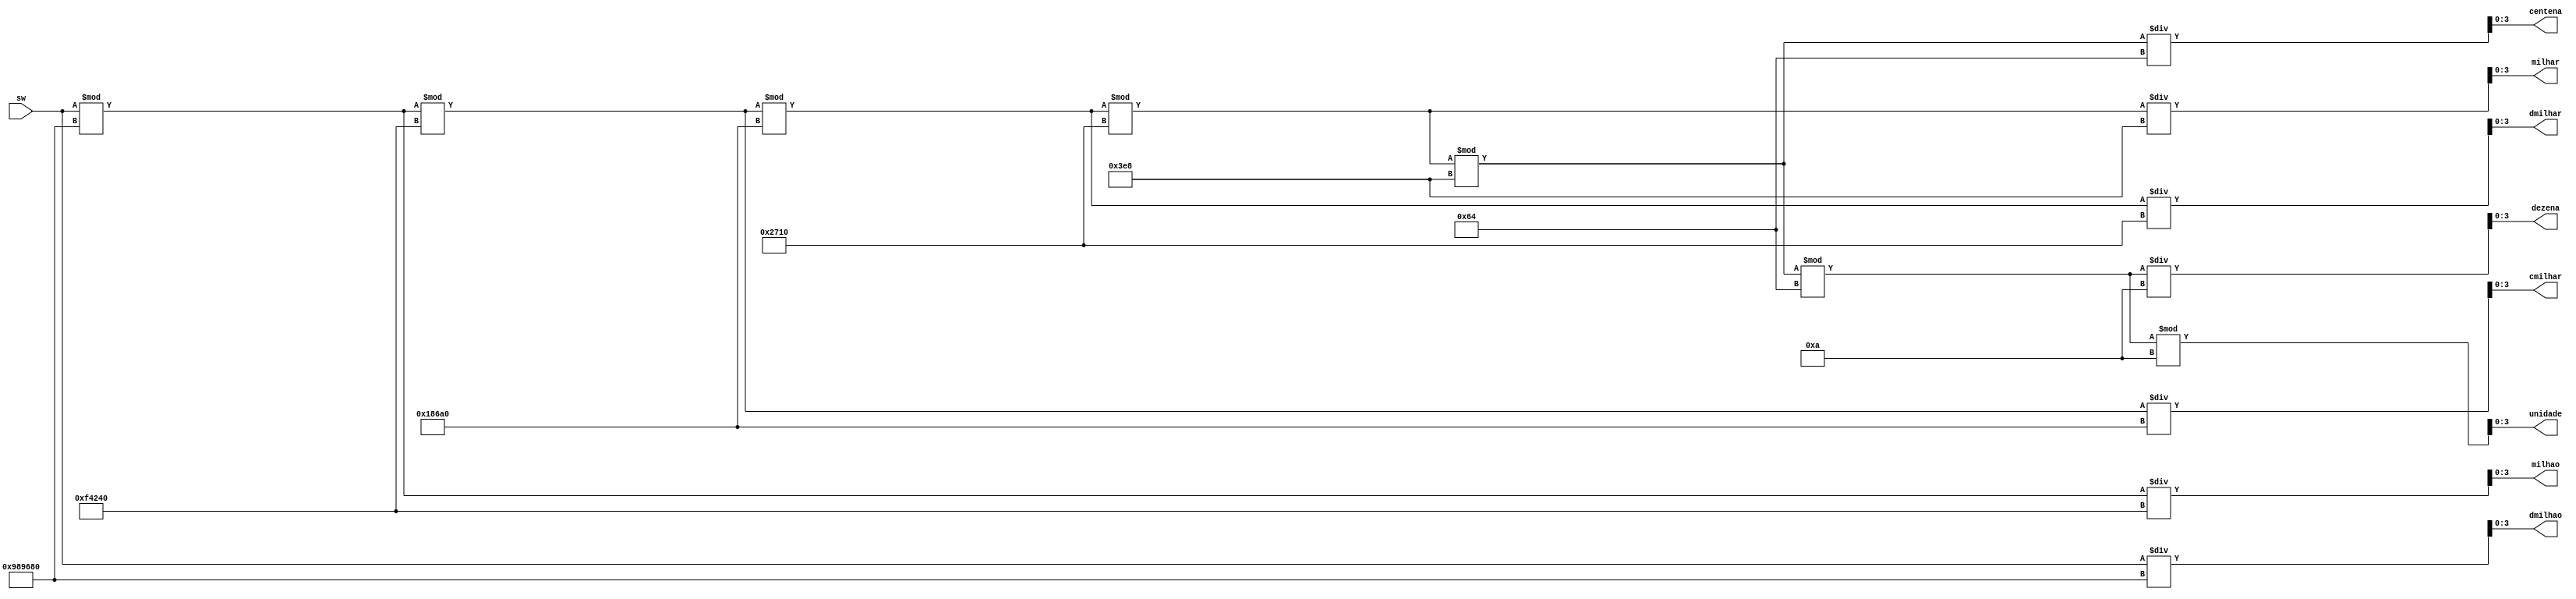
module dec9999
(
	input	 [31:0] sw,
	output [3:0 ] dmilhao, milhao, cmilhar, dmilhar, milhar, centena, dezena, unidade 
);

//circuito da unidade
assign unidade = ((((((sw % 24'd10000000)%24'd1000000)%24'd100000)%14'd10000)%10'd1000)%7'd100)%4'd10;

//circuito da dezena
assign dezena  = ((((((sw % 24'd10000000)%24'd1000000)%24'd100000)%14'd10000)%10'd1000)%7'd100)/4'd10;


//circuito da centena
assign centena  = (((((sw % 24'd10000000)%24'd1000000)%24'd100000)%14'd10000)%10'd1000)/7'd100;


//circuito da milhar
assign milhar  = ((((sw % 24'd10000000)%24'd1000000)%24'd100000)%14'd10000)/10'd1000;


//circuito da dezena de milhar
assign dmilhar = (((sw % 24'd10000000)%24'd1000000)%24'd100000)/14'd10000;

//circuito centena de milhar
assign cmilhar = ((sw % 24'd10000000)%24'd1000000)/24'd100000;

//circuito milhao
assign milhao = (sw % 24'd10000000)/24'd1000000;

//circuito dmilhao
assign dmilhao = sw / 24'd10000000;

endmodule